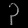
Digit: ၃